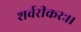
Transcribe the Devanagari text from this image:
शर्वरीकरः।।